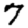
Digit: 7